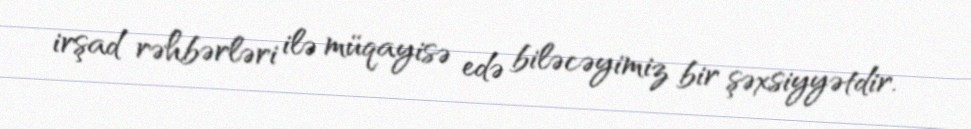
irşad rəhbərləri ilə müqayisə edə biləcəyimiz bir şəxsiyyətdir.